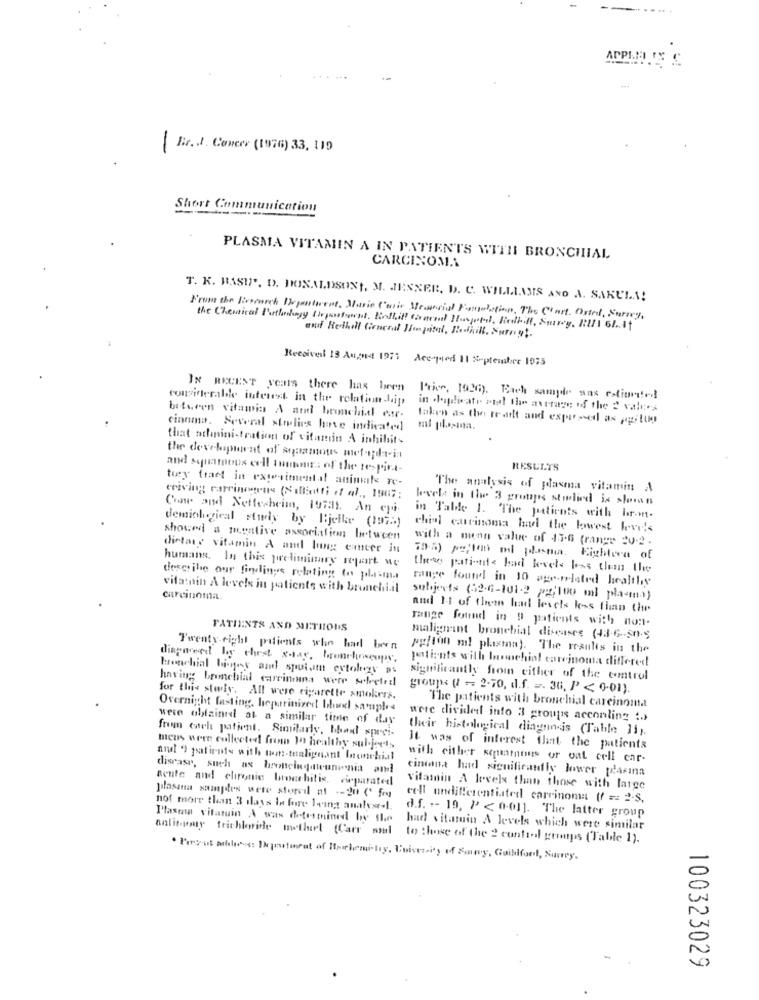
-
-
Bir.J. Concer (1976) 33, 119
Short Communication
PLASMA VITAMIN A IN PATIENTS WITH BRONCHIAL
CARCINOMA
T. K. BASI". D. DONALDSONI, M. JENNER, D. C. WILLIAMS AND A. SAKULA!
From the Fixerarch Department, Marie Curie Memorial Formulation, The Chart. Orted, Surrey,
Received 13 AugHt 1971
decopied 11 September 1975
IN RECENT years there has liren
considerable interest in the relationship
Trier, 1926). Each sample sas cationof
between vitamin A and bronchidl car-
taken as the re att and expressed as jogi lug
cinoma. Several stodlies have indicated)
that athanini-tration of vitamin A inhibit-
the development of squamous met-plat-in
and squamous cell tuntour of the respira-
RESULTS
toy tract in exterimental animale re-
The analysis of plasma vitamin A
eriving carrinostras (Siliotti of al ., 1967:
levels in the 3 groups studied ix sloan
Crow and Nettesheim, 19731. An cpi.
in Talde 1. The patients with har.m.
demiologieal study by Bjelke (1975)
chiol carcinoma had the lowest love's
showed a negative association between
with a nunn value of $5-6 (range 20.2.
dietare vitamin A and bog cancer in
humans. In this preliminary report we
7.5) ;to ml plasma. Eightera of
these patiente bad levels less than the
describe our findlinge relating to plasma
range four! in 10 age-related healthy
vitamin A levels in patients with bronchial
carcinoma.
subjects (52-6-101-2 je'100 ml plasma)
and It of them had levels las than the
range found in 9 patients with non-
PATIENTS AND METHODS
malignant bronchial diseases (43-6 -- 50-5
Twenty eight patients who had been
pgfton ml plasman). The results in the
diagment by thest stag, bronchoscopy.
patients with Innachial carcinoma different
bronchial bigass anh spuit cytology ps
having bronchial carrinna were selected
significantly from either of the control
groups (I == 2-70, d.f. =. 36, P < 0-01).
for this study, All were cigarette smokers.
Overnight fasting, heparinizes bhand savupl.4
The patients with bronchial carcinoma
were obtained at a similar time of day
were divided into 3 groups acconling :>
from each patient. Similarly, bhadl sprei-
their histological diagun-is (Table 31).
mens were collected from In healthy sul-jects
it was of interest that the patients
and 9 patients with non-tealignant Inonchiat
with either squatnous or vat cell car-
disease, such as broncingdieune nia and
cincona had significantly lower glasina
acute and chronic Innerhitis, virparated
vitamin A levels than those with large
ylasına samples were storeil at -- 20 ( fry
cell undifferentiated carcinoma ( == 2-s.
not more than 3 days In fore Heinz analya -!.
d.f. -- 19, P' < 0-01). The latter group
Plasma vitatuin A was determined by the had vitamin A levels which were similar
antitomy trichloride methet (Carr and to those of the 2 control groups (Table 1).
100323029